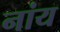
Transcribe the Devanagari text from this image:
नांय